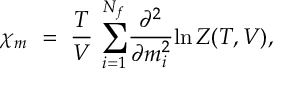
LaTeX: { { \chi } _ { m } } ~ = ~ { \frac { T } { V } } ~ { \sum _ { i = 1 } ^ { N _ { f } } } { \frac { \partial ^ { 2 } } { \partial m _ { i } ^ { 2 } } } { \ln { \cal { Z } ( T , V ) } } ,